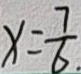
x = \frac { 7 } { 6 } .